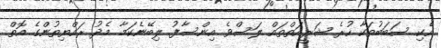
އެކި ސަބަބުތަކާ ހުރެ ޝަރީއަތްތައް ލަސްވެ އިންސާފު ލިބޭނެކަމާ މެދު ރައްޔިތުންގެ އޮތް